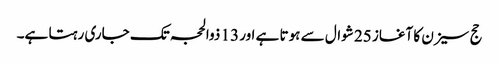
حج سیزن کا آغاز 25 شوال سے ہوتا ہے اور 13 ذوالحجہ تک جاری رہتا ہے۔